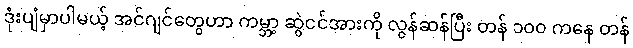
ဒုံးပျံမှာပါမယ့် အင်ဂျင်တွေဟာ ကမ္ဘာ့ ဆွဲငင်အားကို လွန်ဆန်ပြီး တန် ၁၀၀ ကနေ တန်